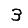
Digit: 3